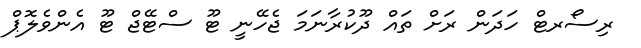
ރިސޯރޓް ހަަދަން ރަށް ތައް ދޫކުރާނަމަ ޖެހޭނީ ޓޫ ސްޓޭޖް ޓޫ އެންވެލޮޕް